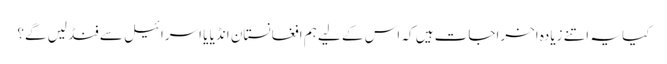
کیا یہ اتنے زیادہ اخراجات ہیں کہ اس کے لیے ہم افغانستان انڈیا یا اسرائیل سے فنڈ لیں گے؟